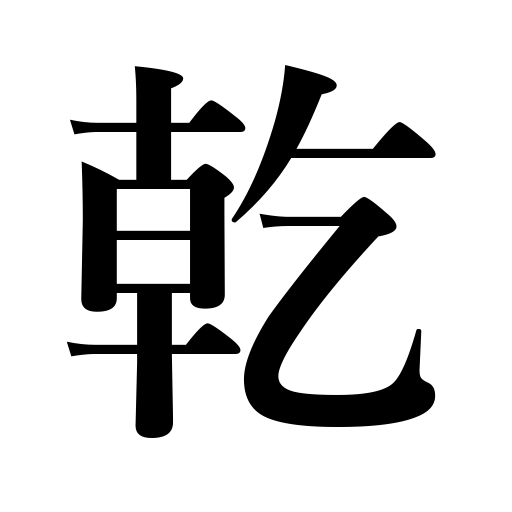
Meanings: heaven,emperor,desiccate,dry up,be dry,dry